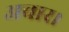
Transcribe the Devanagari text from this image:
अचार।